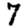
Digit: 7